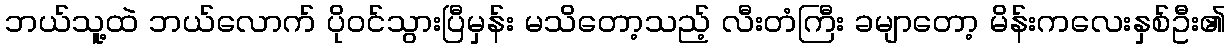
ဘယ်သူ့ထဲ ဘယ်လောက် ပိုဝင်သွားပြီမှန်း မသိတော့သည့် လီးတံကြီး ခမျာတော့ မိန်းကလေးနှစ်ဦး၏